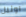
اونيل